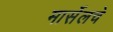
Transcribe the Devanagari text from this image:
मार्सेलचे